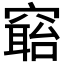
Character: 𥧺